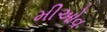
મીઓવ